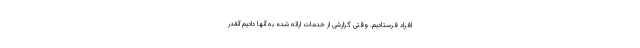
افراد فرستادیم. وقتی گزارشی از خدمات ارائه شده به آنها دادیم آنقدر